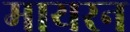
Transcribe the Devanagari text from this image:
मायरन